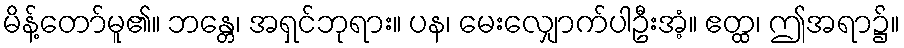
မိန့်တော်မူ၏။ ဘန္တေ၊ အရှင်ဘုရား။ ပန၊ မေးလျှောက်ပါဦးအံ့။ ဧတ္ထ၊ ဤအရာ၌။